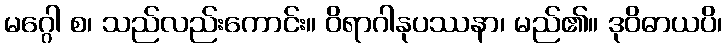
မဂ္ဂေါ စ၊ သည်လည်းကောင်း။ ဝိရာဂါနုပဿနာ၊ မည်၏။ ဒုဝိဓာယပိ၊